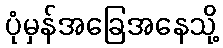
ပုံမှန်အခြေအနေသို့